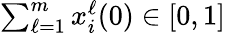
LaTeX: \textstyle\sum_{\ell=1}^{m}x_{i}^{\ell}(0)\in[0,1]